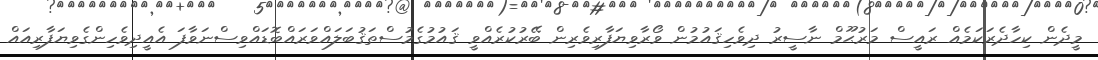
މީދެން ކިހާދެރަކަމެއް ރައީސް މަރުޙޫމް ނާސީރު ދިވެހިޤައުމުން ވޯރާވިޔަފާރިވެރިން ބޭރުކުރެއްވީ ޤައުމުގެމުސްތަޤުބަލައްވަރަައްބޮޑައްވިސްނަވާފަ އެއީދިވެހިންގެވިޔަފާރިއައް